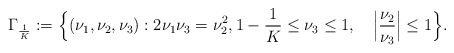
\begin{align*} \Gamma_{\frac{1}{K}}&:= \Big\{(\nu_1,\nu_2,\nu_3):2\nu_1\nu_3=\nu_2^2,1-\frac{1}{K}\le \nu_3\le 1,\quad\Big|\frac{\nu_2}{\nu_3}\Big|\le 1 \Big\}. \end{align*}